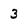
Character: 3